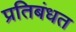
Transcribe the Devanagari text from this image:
प्रतिबंधत